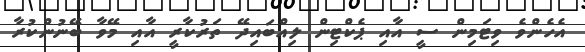
އެހެންވެ ވިޓަމިން ސީ އާއި ޕެކްޓިން ލިއްބައިދޭ ތަރުކާރީ އާއި މޭވާ ބޭނުންކުރާ